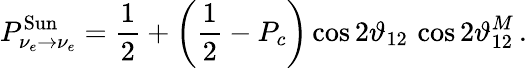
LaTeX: P_{\nu_{e}\to\nu_{e}}^{\mathrm{Sun}}=\frac{1}{2}+\left(\frac{1}{2}-P_{c}\right)\cos{2\vartheta_{12}}\, \cos{2\vartheta_{12}^{M}}\, .